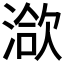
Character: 𣹱